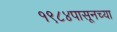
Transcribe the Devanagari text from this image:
१९८४पासूनच्या